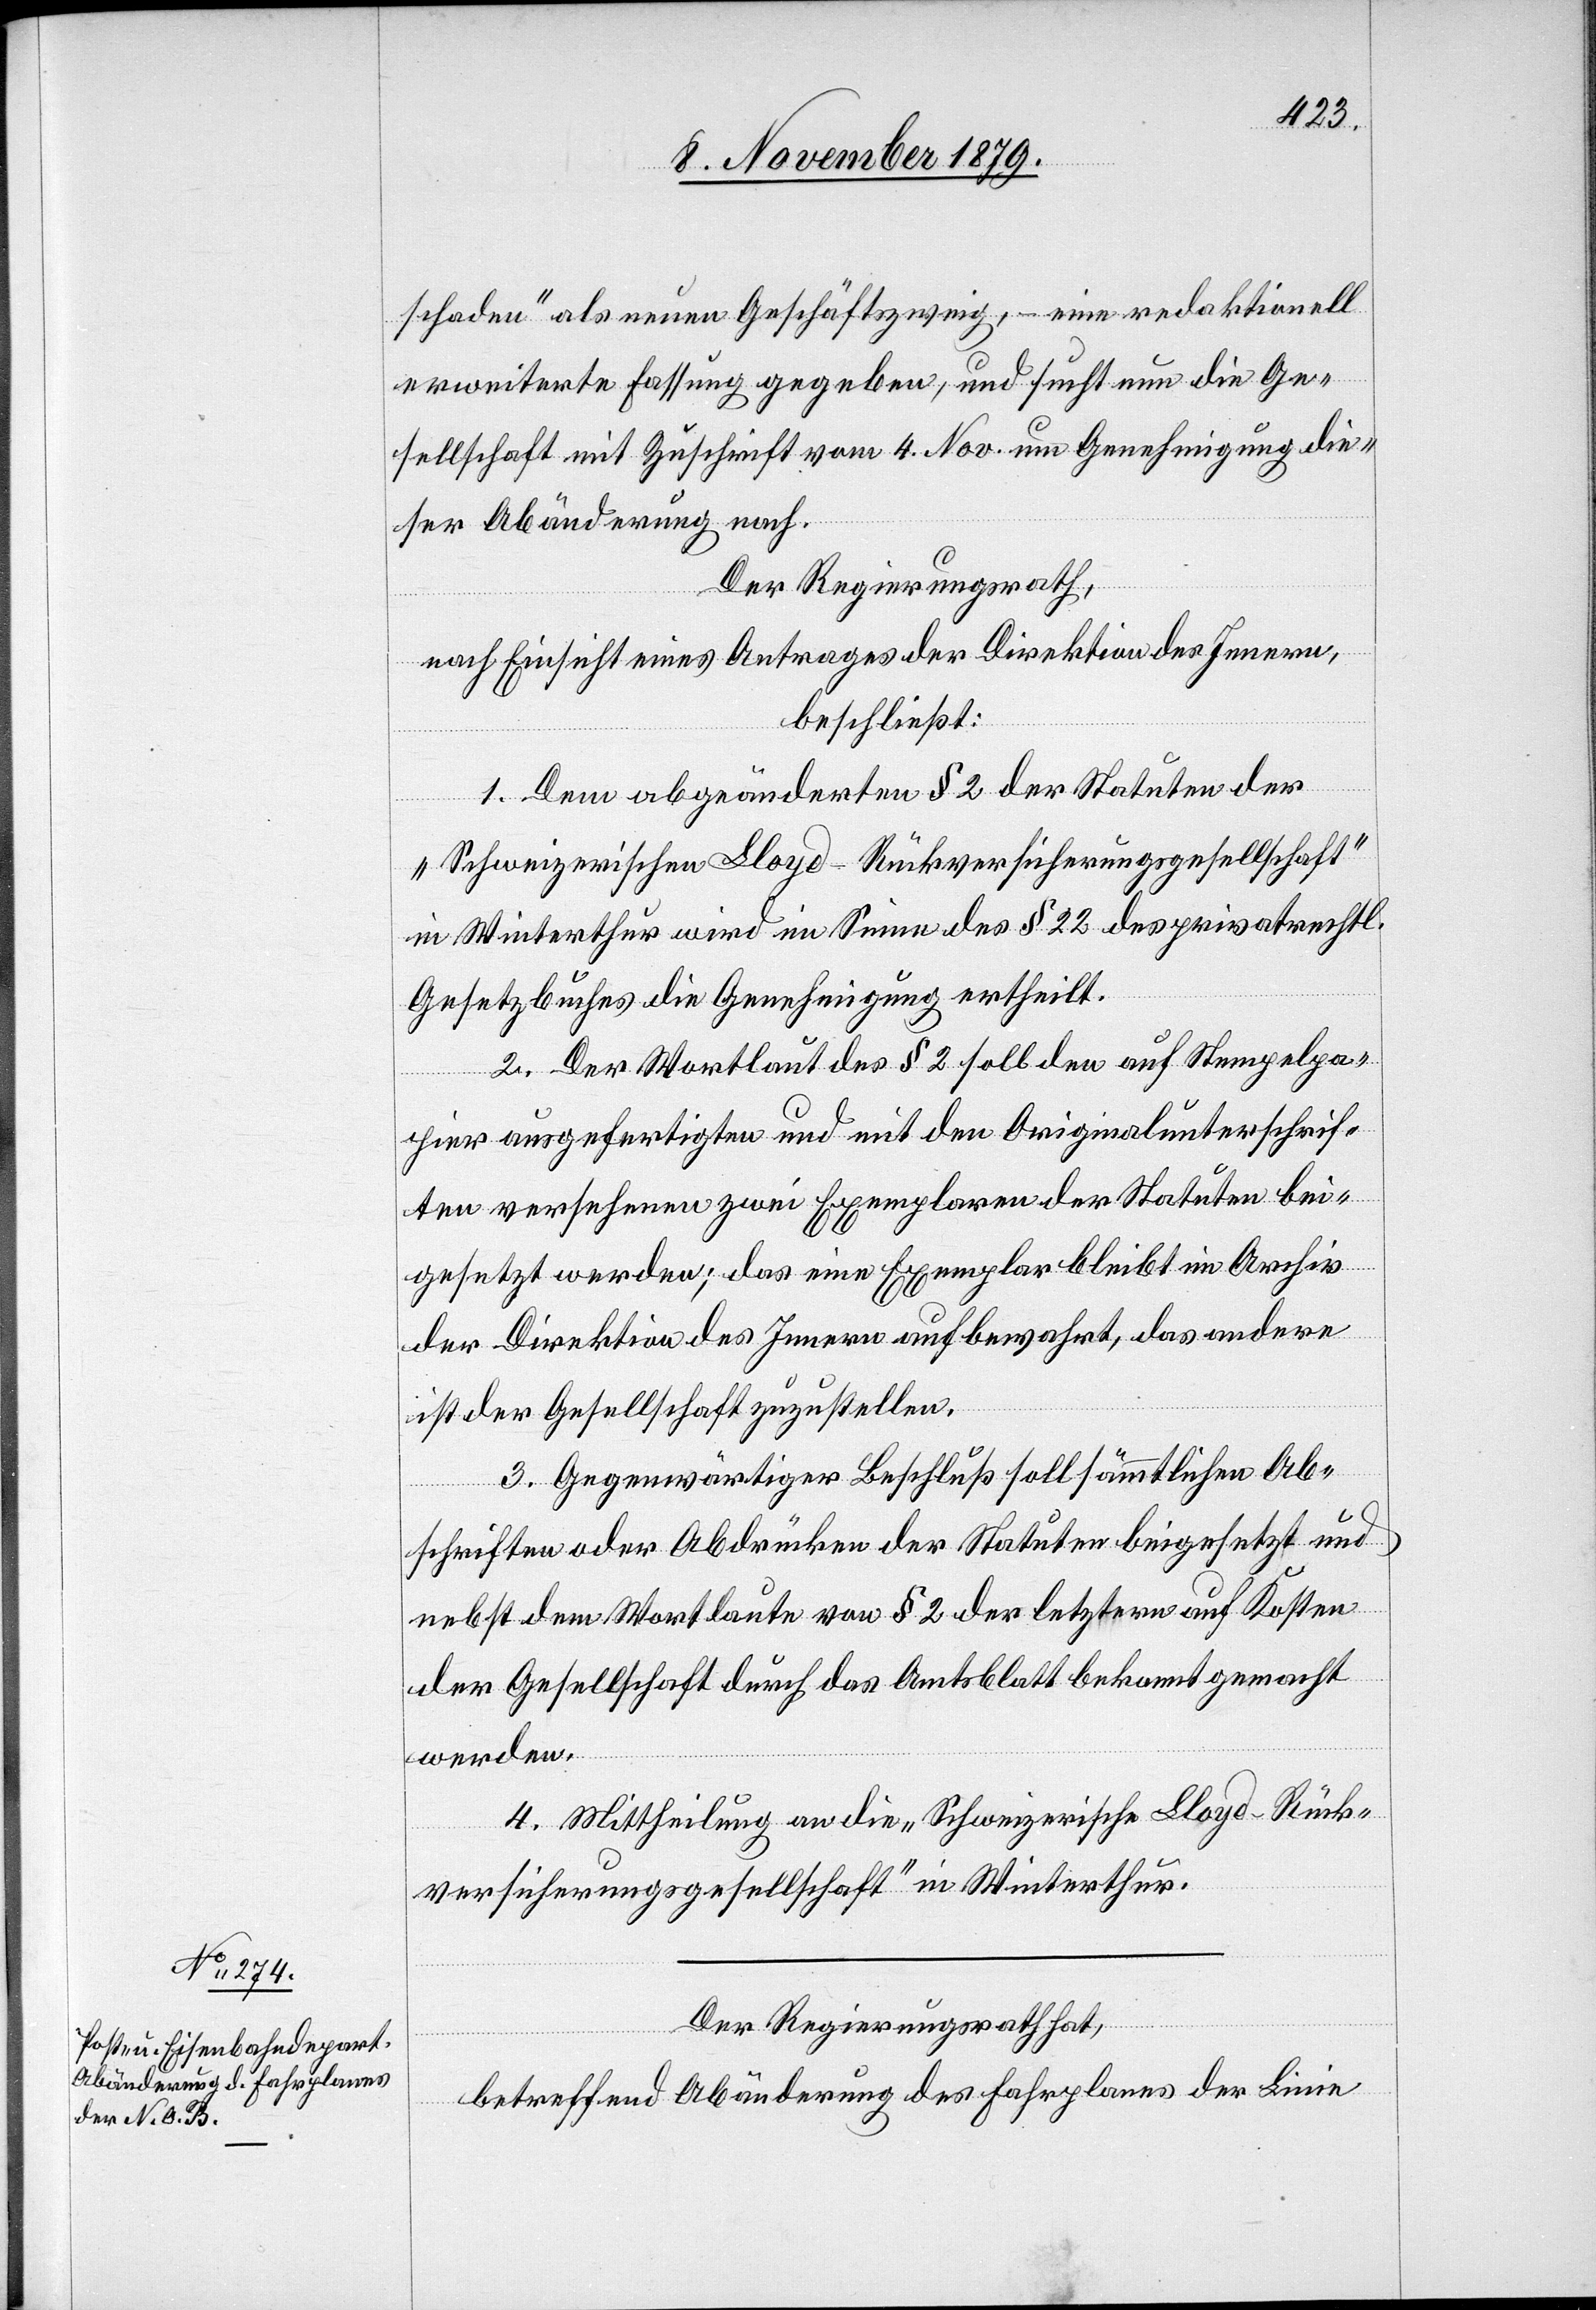
schaden“ als einen Geschäftszweig, – eine redaktionell
erweiterte Fassung gegeben, und sucht nun die Ge¬
sellschaft mit Zuschrift vom 4. Nov. um Genehmigung die¬
ser Abänderung nach.
Der Regierungsrath,
nach Einsicht eines Antrages der Direktion des Innern,
beschließt:
1. Dem abgeänderten § 2 der Statuten der
„Schweizerischen Lloyd-Rückversicherungsgesellschaft“
in Winterthur wird im Sinne des § 22 des privatrechtl.
Gesetzbuches die Genehmigung ertheilt.
2. Der Wortlaut des § 2 soll den auf Stempelpa¬
pier gefertigten und mit den Originalunterschrif¬
ten versehenen zwei Exemplaren der Statuten bei¬
gesetzt werden; das eine Exemplar bleibt im Archiv
der Direktion des Innern aufbewahrt, das andere
ist der Gesellschaft zuzustellen.
3. Gegenwärtiger Beschluß soll sämmtlichen Ab¬
schriften oder Abdrücken der Statuten beigesetzt und
nebst dem Wortlaute von § 2 der letztern auf Kosten
der Gesellschaft durch das Amtsblatt bekanntgemacht
werden.
4. Mittheilung an die „Schweizerische Lloyd-Rück¬
versicherungsgesellschaft“ in Winterthur.
Der Regierungsrath hat,
betreffend Abänderung des Fahrplans der Linie